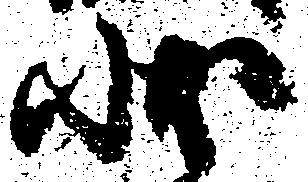
状